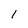
Character: 1